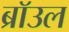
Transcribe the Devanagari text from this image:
ब्राॅउल